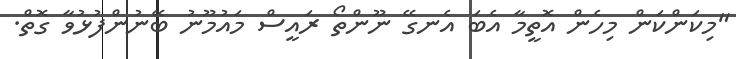
"މިކަންކަން މިހެން އޮތީމާ އެބަ އެނގޭ ނޫންތޯ ރައީސް މައުމޫނު ބޭނުންފުޅުވާ ގޮތް.